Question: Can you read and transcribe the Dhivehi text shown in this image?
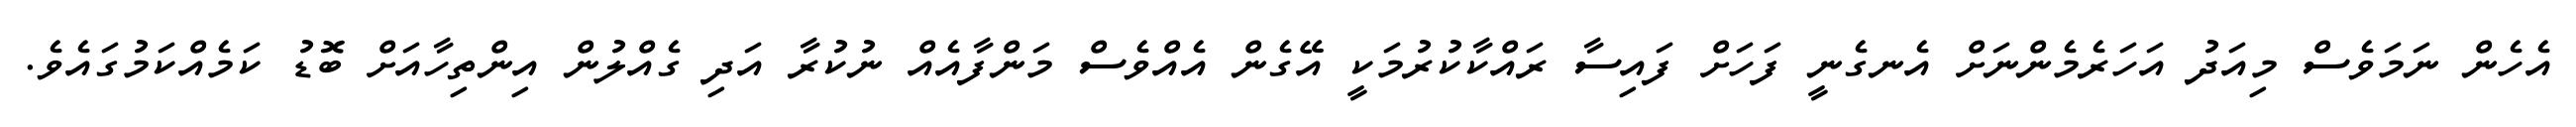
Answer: އެހެން ނަމަވެސް މިއަދު އަހަރެމެންނަށް އެނގެނީ ފަހަށް ފައިސާ ރައްކާކުރުމަކީ އޭގެން އެއްވެސް މަންފާއެއް ނުކުރާ އަދި ގެއްލުން އިންތިހާއަށް ބޮޑު ކަމެއްކަމުގައެވެ.